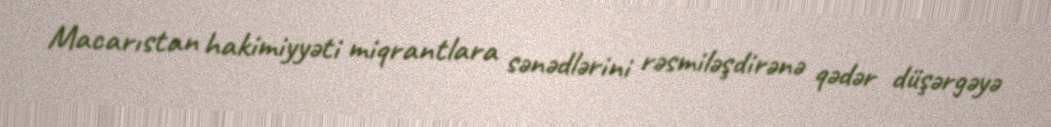
Macarıstan hakimiyyəti miqrantlara sənədlərini rəsmiləşdirənə qədər düşərgəyə